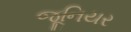
જૂનિયર